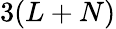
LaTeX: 3(L+N)